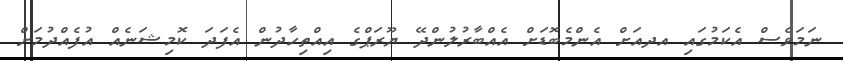
ނަމަވެސް އެކަމުގައި އދއަށް އެންމެބޮޑަށް އެއްބާރުލުންދޭ ޔޫރަޕްގެ އިއްތިހާދުން އެފަދަ ކޮމިޝަނެއް އުފެއްދުމަށް